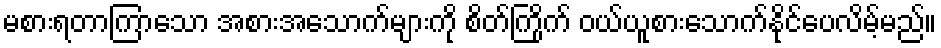
မစားရတာကြာသော အစားအသောက်များကို စိတ်ကြိုက် ဝယ်ယူစားသောက်နိုင်ပေလိမ့်မည်။